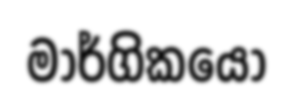
මාර්ගිකයෝ